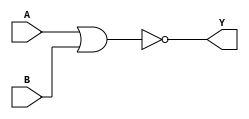
`timescale 1ns / 1ps
//////////////////////////////////////////////////////////////////////////////////

// Module Name: NOR

//////////////////////////////////////////////////////////////////////////////////


module NOR(
    input A,
    input B,
    output Y
    );
    assign Y = ~(A | B); 
endmodule